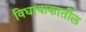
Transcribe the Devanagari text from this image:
विधायाकातील